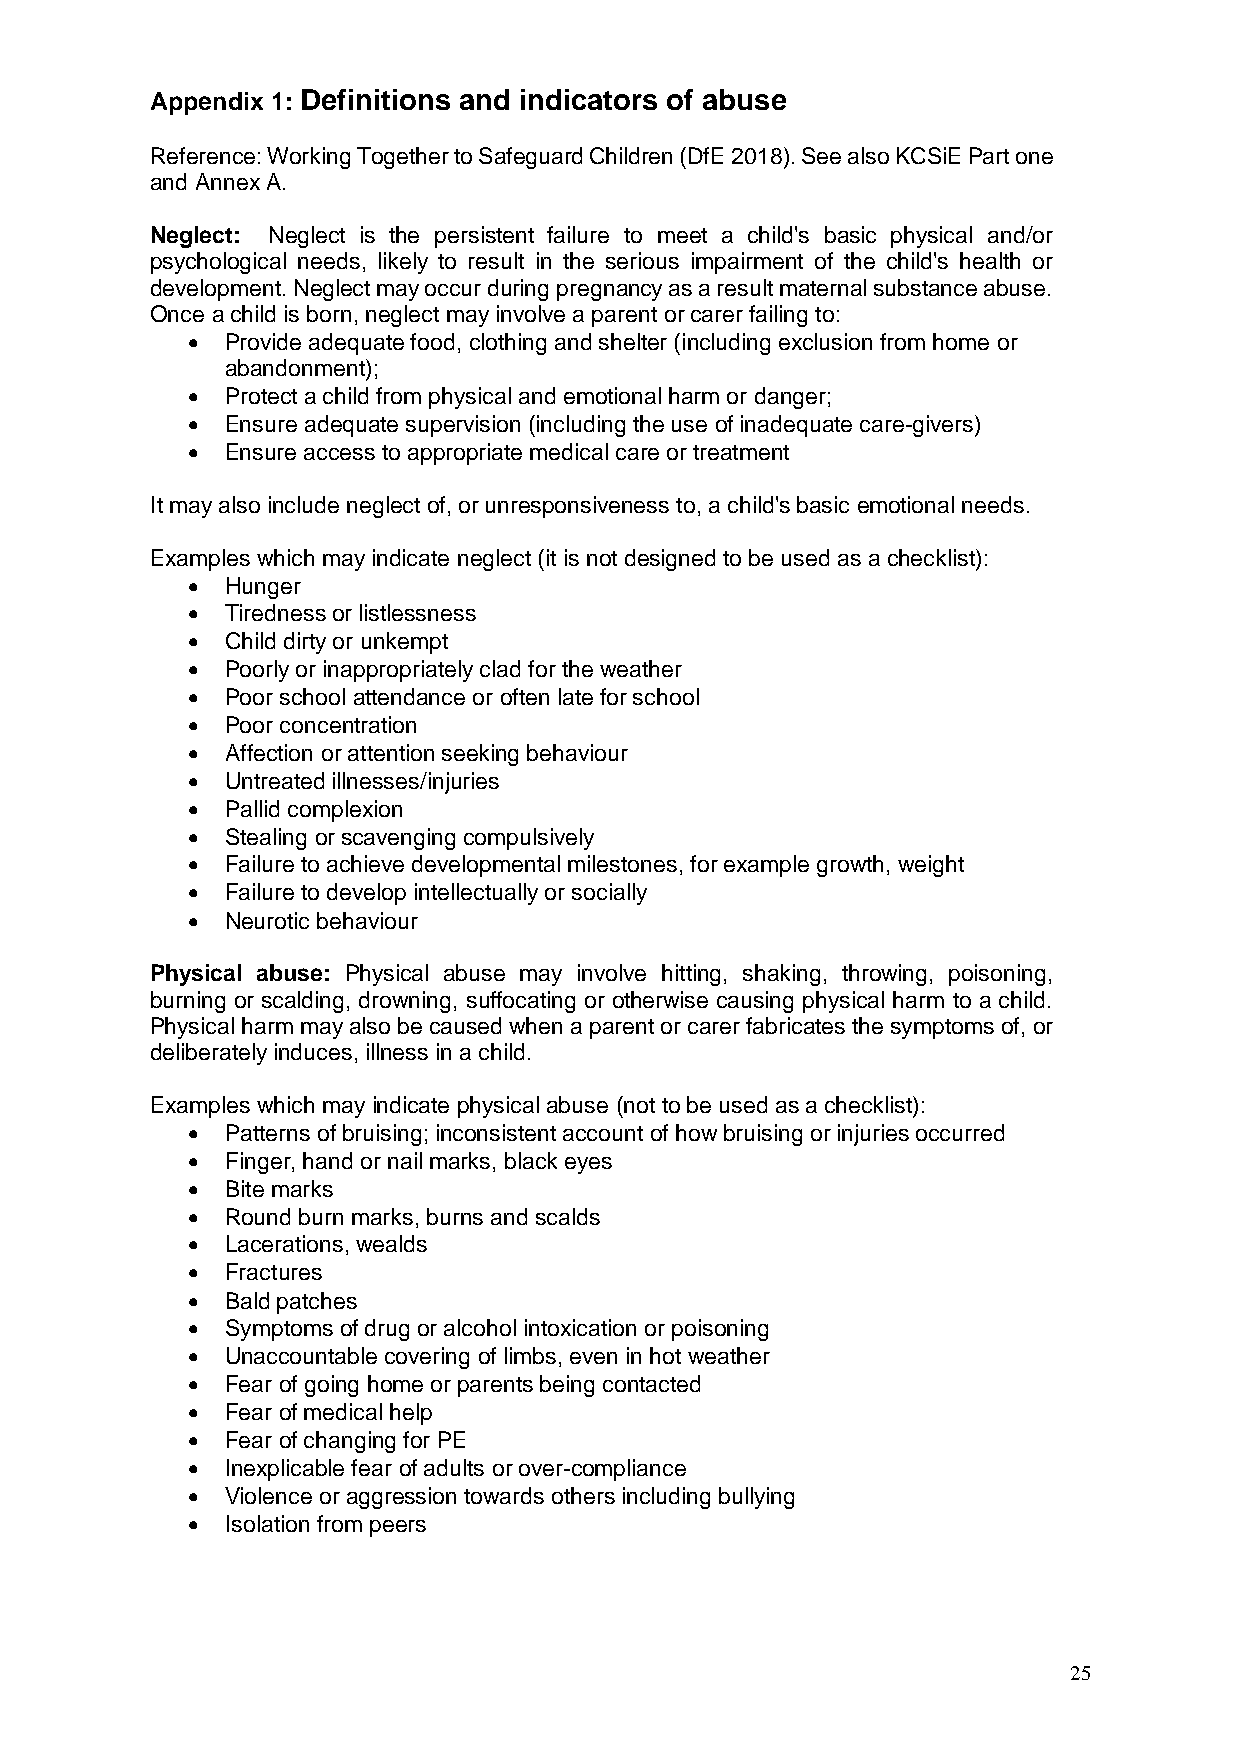
Appendix 1: Definitions and indicators of abuse
 Reference: Working Together to Safeguard Children (DfE 2018). See also KCSiE Part one
 and Annex A.
 Neglect: Neglect is the persistent failure to meet a child's basic physical and/or
 psychological needs, likely to result in the serious impairment of the child's health or
 development. Neglect may occur during pregnancy as a result maternal substance abuse.
 Once a child is born, neglect may involve a parent or carer failing to:
   Provide adequate food, clothing and shelter (including exclusion from home or
 abandonment);
   Protect a child from physical and emotional harm or danger;
   Ensure adequate supervision (including the use of inadequate care-givers)
   Ensure access to appropriate medical care or treatment
 It may also include neglect of, or unresponsiveness to, a child's basic emotional needs.
 Examples which may indicate neglect (it is not designed to be used as a checklist):
   Hunger
   Tiredness or listlessness
   Child dirty or unkempt
   Poorly or inappropriately clad for the weather
   Poor school attendance or often late for school
   Poor concentration
   Affection or attention seeking behaviour
   Untreated illnesses/injuries
   Pallid complexion
   Stealing or scavenging compulsively
   Failure to achieve developmental milestones, for example growth, weight
   Failure to develop intellectually or socially
   Neurotic behaviour
 Physical abuse: Physical abuse may involve hitting, shaking, throwing, poisoning,
 burning or scalding, drowning, suffocating or otherwise causing physical harm to a child.
 Physical harm may also be caused when a parent or carer fabricates the symptoms of, or
 deliberately induces, illness in a child.
 Examples which may indicate physical abuse (not to be used as a checklist):
   Patterns of bruising; inconsistent account of how bruising or injuries occurred
   Finger, hand or nail marks, black eyes
   Bite marks
   Round burn marks, burns and scalds
   Lacerations, wealds
   Fractures
   Bald patches
   Symptoms of drug or alcohol intoxication or poisoning
   Unaccountable covering of limbs, even in hot weather
   Fear of going home or parents being contacted
   Fear of medical help
   Fear of changing for PE
   Inexplicable fear of adults or over-compliance
   Violence or aggression towards others including bullying
   Isolation from peers
 25